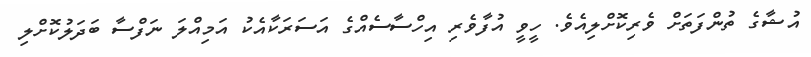
އުޝާގެ ތުންފަތަށް ވެރިކޮށްލިއެވެ. ހީވީ އުފާވެރި އިހްސާސެއްގެ އަސަރަކާއެކު އަމިއްލަ ނަފްސާ ބަދަލުކޮށްލި